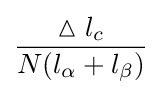
{\frac {\vartriangle l_{c}}{N(l_{\alpha }+l_{\beta })}}